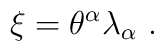
\xi=\theta^\alpha\lambda_\alpha\ .